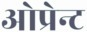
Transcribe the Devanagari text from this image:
ओप्रेन्ट